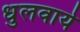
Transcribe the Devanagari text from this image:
धुलवाये